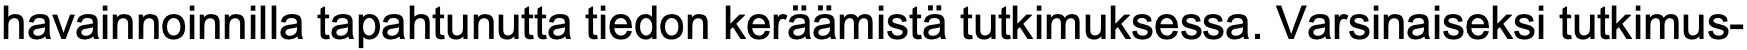
havainnoinnilla tapahtunutta tiedon keräämistä tutkimuksessa. Varsinaiseksi tutkimus-